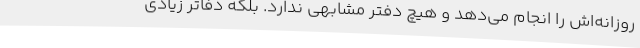
روزانه‌اش را انجام می‌دهد و هیچ دفتر مشابهی ندارد. بلکه دفاتر زیادی